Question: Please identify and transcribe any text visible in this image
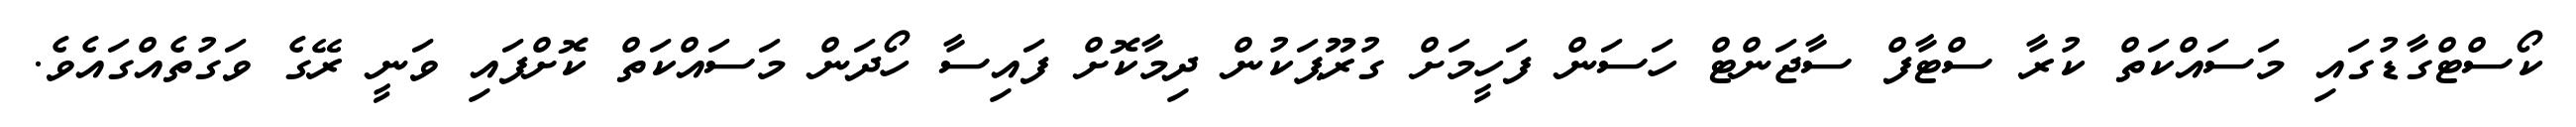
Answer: ކޯސްޓްގާޑުގައި މަސައްކަތް ކުރާ ސްޓާފް ސާޖަންޓް ހަސަން ފަހީމަށް ގުރޫޕަކުން ދިމާކޮށް ފައިސާ ހޯދަން މަސައްކަތް ކޮށްފައި ވަނީ ރޭގެ ވަގުތެއްގައެވެ.